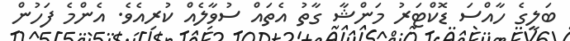
ބަލީގެ ހާއްސަ ޑޮކްޓަރު މަންޝާ ގާތު އެތައް ސުވާލެއް ކުރިއެވެ. އެންމެ ފަހުން